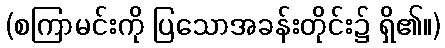
(စကြာမင်းကို ပြသောအခန်းတိုင်း၌ ရှိ၏။)